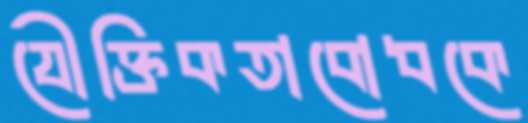
যৌক্তিকতাবোধকে